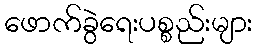
ဖောက်ခွဲရေးပစ္စည်းများ